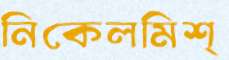
নিকেলমিশ্